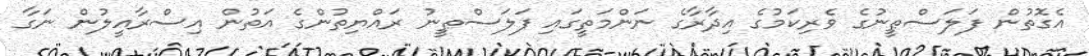
އެގޮތުން ފަލަސްޠީނުގެ ވެރިކަމުގެ އިދާރާގެ ނަންމަތީގައި ފަލަސްޠީނު ރައްޔިތުންގެ އަތުން އިސްރާއީލުން ނަގާ